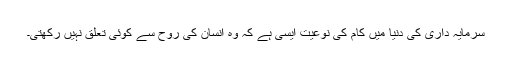
سرمایہ داری کی دنیا میں کام کی نوعیت ایسی ہے کہ وہ انسان کی روح سے کوئی تعلق نہیں رکھتی۔